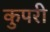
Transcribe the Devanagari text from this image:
कुपरी